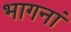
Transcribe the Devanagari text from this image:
भागनां